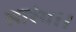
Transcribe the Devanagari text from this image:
सारंग।।